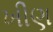
ખીણ